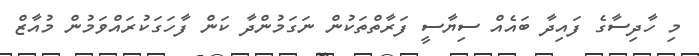
މި ހާދިސާގެ ފައިދާ ބައެއް ސިޔާސީ ފަރާތްތަކުން ނަގަމުންދާ ކަން ފާހަގަކުރައްވަމުން މުއާޒް